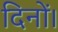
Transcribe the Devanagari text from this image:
दिनों।